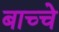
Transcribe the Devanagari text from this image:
बाच्चे